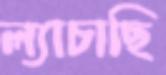
ল্যাচাছি